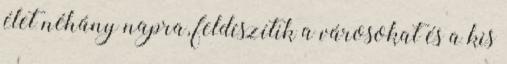
élet néhány napra, feldíszítik a városokat és a kis